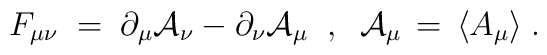
F_{\mu\nu}\;=\; \partial_\mu {\mathcal A}_\nu - \partial_\nu {\mathcal A}_\mu\;\;,\;\; {\mathcal A}_\mu\,=\,\langle A_\mu\rangle \;.